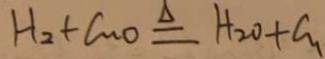
H _ { 2 } + C u O \xlongequal { \Delta } H _ { 2 } O + C u